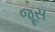
જૂસ